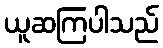
ယူဆကြပါသည်